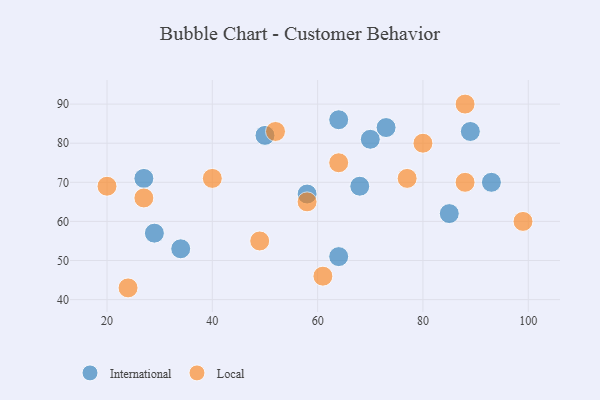
{"axis": {"x": "GDP", "y": "Life Expectancy"}, "legend": ["International", "Local"], "data": [{"x": "85", "y": 62, "type": "International"}, {"x": "29", "y": 57, "type": "International"}, {"x": "64", "y": 51, "type": "International"}, {"x": "70", "y": 81, "type": "International"}, {"x": "34", "y": 53, "type": "International"}, {"x": "64", "y": 86, "type": "International"}, {"x": "89", "y": 83, "type": "International"}, {"x": "50", "y": 82, "type": "International"}, {"x": "93", "y": 70, "type": "International"}, {"x": "27", "y": 71, "type": "International"}, {"x": "68", "y": 69, "type": "International"}, {"x": "73", "y": 84, "type": "International"}, {"x": "58", "y": 67, "type": "International"}, {"x": "88", "y": 70, "type": "Local"}, {"x": "64", "y": 75, "type": "Local"}, {"x": "20", "y": 69, "type": "Local"}, {"x": "99", "y": 60, "type": "Local"}, {"x": "61", "y": 46, "type": "Local"}, {"x": "24", "y": 43, "type": "Local"}, {"x": "58", "y": 65, "type": "Local"}, {"x": "52", "y": 83, "type": "Local"}, {"x": "40", "y": 71, "type": "Local"}, {"x": "88", "y": 90, "type": "Local"}, {"x": "77", "y": 71, "type": "Local"}, {"x": "49", "y": 55, "type": "Local"}, {"x": "27", "y": 66, "type": "Local"}, {"x": "80", "y": 80, "type": "Local"}]}